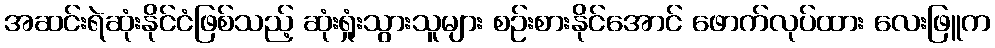
အဆင်းရဲဆုံးနိုင်ငံဖြစ်သည့် ဆုံးရှုံးသွားသူများ စဉ်းစားနိုင်အောင် ဖောက်လုပ်ထား လေးဖြူက